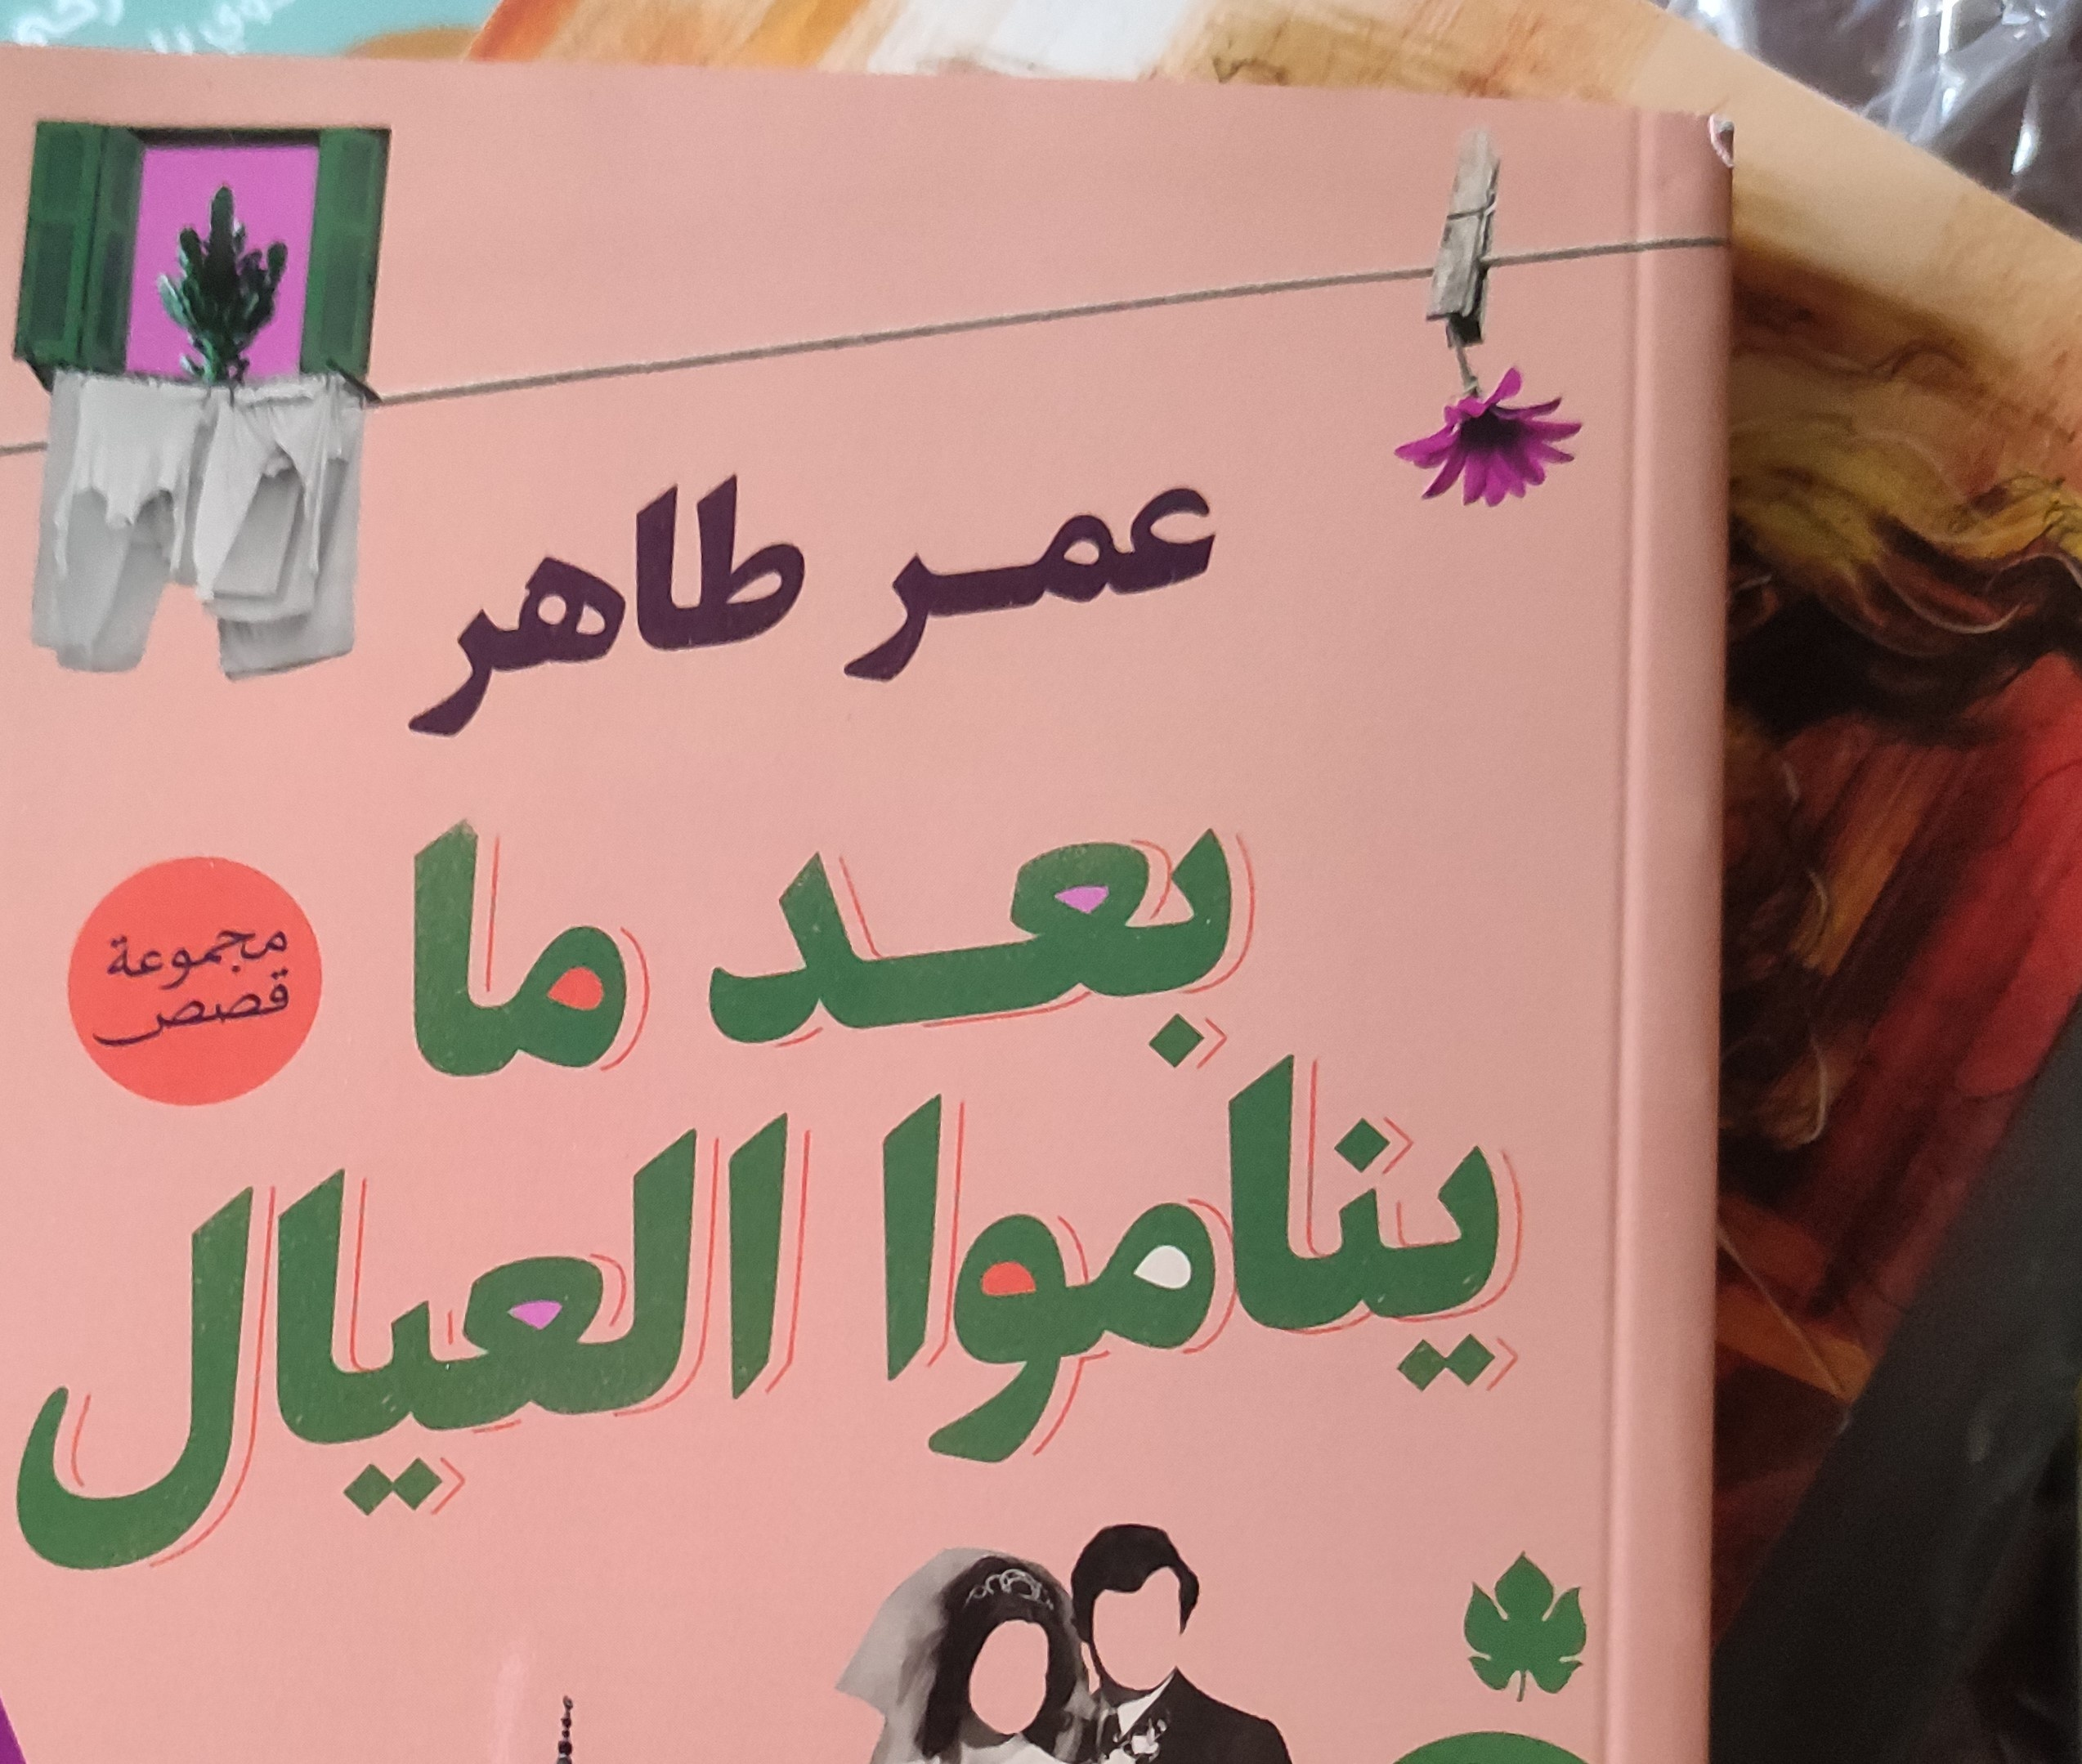
Text in image: عمر طاهر ما بعد مجموعة قصص يناموا العيال